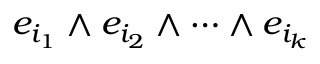
e _ { i _ { 1 } } \wedge e _ { i _ { 2 } } \wedge \cdots \wedge e _ { i _ { k } }